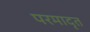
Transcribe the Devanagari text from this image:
परमादृत